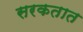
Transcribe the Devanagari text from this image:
सरकतात